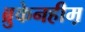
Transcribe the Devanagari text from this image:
ब्रुकेनहीम़